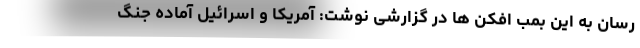
رسان به این بمب افکن ها در گزارشی نوشت: آمریکا و اسرائیل آماده جنگ